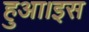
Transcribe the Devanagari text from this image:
हुआ।इस